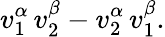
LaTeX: v_{1}^{\alpha}\, v_{2}^{\beta}-v_{2}^{\alpha}\, v_{1}^{\beta}.